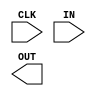
`timescale 1ns / 1ps

module shift_register(
    input CLK,
    input IN,
    output [15:0] OUT
    );
    
    /* FIRST CODE: Long and tedious. Creating a wire bus using the [x] notation
    wire [15:0] W;
    
    //Instantiating all the D flip-flops.
    Hello_synchronous_world D0 (.CLK(CLK), .IN(IN), .OUT(W[0]));
    Hello_synchronous_world D1 (.CLK(CLK), .IN(W[0]), .OUT(W[1]));
    Hello_synchronous_world D2 (.CLK(CLK), .IN(W[1]), .OUT(W[2]));
    Hello_synchronous_world D3 (.CLK(CLK), .IN(W[2]), .OUT(W[3]));
    Hello_synchronous_world D4 (.CLK(CLK), .IN(W[3]), .OUT(W[4]));
    Hello_synchronous_world D5 (.CLK(CLK), .IN(W[4]), .OUT(W[5]));
    Hello_synchronous_world D6 (.CLK(CLK), .IN(W[5]), .OUT(W[6]));
    Hello_synchronous_world D7 (.CLK(CLK), .IN(W[6]), .OUT(W[7]));
    Hello_synchronous_world D8 (.CLK(CLK), .IN(W[7]), .OUT(W[8]));
    Hello_synchronous_world D9 (.CLK(CLK), .IN(W[8]), .OUT(W[9]));
    Hello_synchronous_world D10 (.CLK(CLK), .IN(W[9]), .OUT(W[10]));
    Hello_synchronous_world D11 (.CLK(CLK), .IN(W[10]), .OUT(W[11]));
    Hello_synchronous_world D12 (.CLK(CLK), .IN(W[11]), .OUT(W[12]));
    Hello_synchronous_world D13 (.CLK(CLK), .IN(W[12]), .OUT(W[13]));
    Hello_synchronous_world D14 (.CLK(CLK), .IN(W[13]), .OUT(W[14]));
    Hello_synchronous_world D15 (.CLK(CLK), .IN(W[14]), .OUT(W[15])); 
    
    assign OUT = W; */
    
    /* SECOND CODE: // Creating a bus of wires, tied to I/Os as specified by instatiation.
    wire [16:0] W;
    
    // Declaring a variable to exploit repeated pattern.
    genvar DtypeNo;
    
    // Using generate and for loop to instantiate
    generate
        for (DtypeNo = 0; DtypeNo < 16; DtypeNo = DtypeNo + 1)
        begin: DtypeInstantiation
            Hello_synchronous_world DTypeNo (.CLK(CLK), .IN(W[DTypeNo]), .OUT(W[DtypeNo + 1]));
        end
    endgenerate
        
    //Ties the wires to 16 bit output
    assign OUT = W[16:1];
    assign W[0] = IN; */
    
    /* THIRD CODE: // Behavioral level design
    reg [15:0] DTypes;
    
    // Concatenated form
    always@(posedge CLK) begin
        DTypes = {DTypes[14:0], IN};
    end
    
    assign OUT = DTypes; */
endmodule